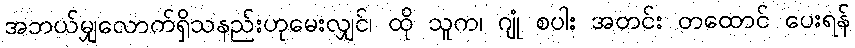
အဘယ်မျှလောက်ရှိသနည်းဟုမေးလျှင်၊ ထို သူက၊ ဂျုံ စပါး အတင်း တထောင် ပေးရန်